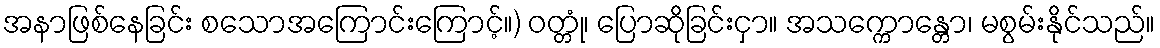
အနာဖြစ်နေခြင်း စသောအကြောင်းကြောင့်။) ဝတ္တုံ၊ ပြောဆိုခြင်းငှာ။ အသက္ကောန္တော၊ မစွမ်းနိုင်သည်။